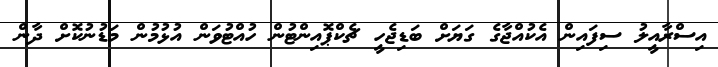
އިސްރާއީލު ސިފައިން އެކުއްޖާގެ ގަޔަށް ބަޑިޖެހީ ޗެކްޕޮއިންޓުން ހުއްޓުވަން އުޅުމުން މަޑުނުކޮށް ދާން